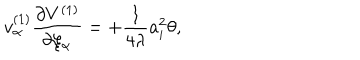
LaTeX: v _ { \alpha } ^ { ( 1 ) } \frac { \partial V ^ { ( 1 ) } } { \partial \xi _ { \alpha } } = + \frac { 1 } { 4 \lambda } a _ { i } ^ { 2 } \theta ,